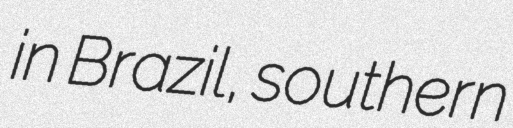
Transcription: in Brazil, southern